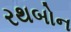
રથબોન